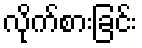
လိုက်စားခြင်း